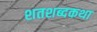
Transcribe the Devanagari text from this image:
शतशब्दकथा